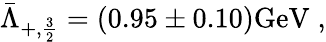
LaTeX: {\bar{\Lambda}}_{+,{\frac{3}{2}}}=(0.95\pm 0.10)\mathrm{GeV}\; ,